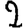
Digit: 2